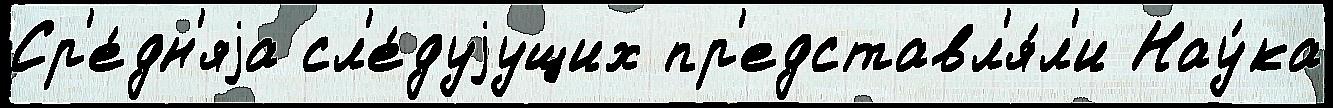
Ср'е́дн'яjа сл'е́дуjущих пр'едставл'я́л'и Нау́ка